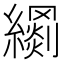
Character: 𦆢